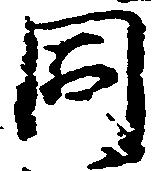
同